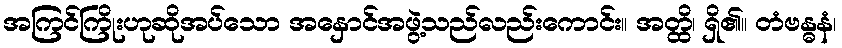
အကြင်ကြိုးဟုဆိုအပ်သော အနှောင်အဖွဲ့သည်လည်းကောင်း။ အတ္ထိ၊ ရှိ၏။ တံဗန္ဓနံ၊